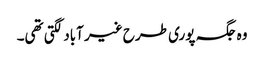
وہ جگہ پوری طرح غیر آباد لگتی تھی۔